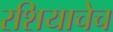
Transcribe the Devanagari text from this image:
रशियाचेच